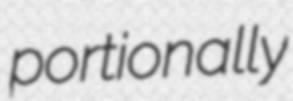
portionally